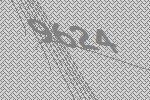
9624